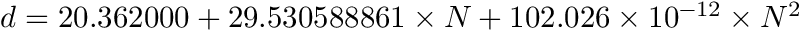
d = 2 0 . 3 6 2 0 0 0 + 2 9 . 5 3 0 5 8 8 8 6 1 \times N + 1 0 2 . 0 2 6 \times 1 0 ^ { - 1 2 } \times N ^ { 2 }